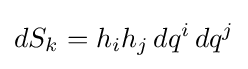
dS_{k}=h_{i}h_{j}\,dq^{i}\,dq^{j}